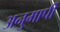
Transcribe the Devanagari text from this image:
अनुमापी